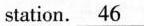
station.\underline{46}